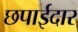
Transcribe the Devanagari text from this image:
छपाईदार